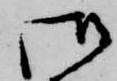
御